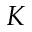
K